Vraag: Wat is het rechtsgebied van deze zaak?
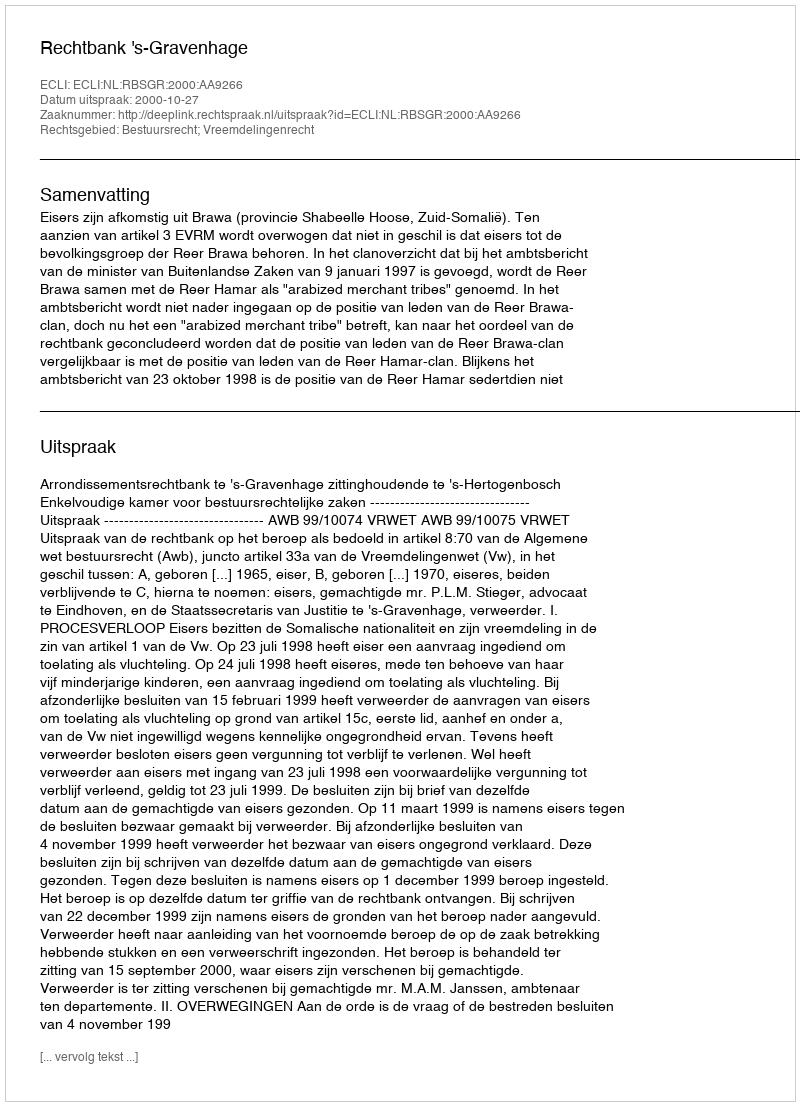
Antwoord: Bestuursrecht; Vreemdelingenrecht